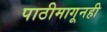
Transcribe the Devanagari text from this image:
पाठीमागूनही